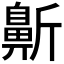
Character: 𱌓